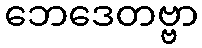
ဘေဒေတဗ္ဗာ